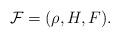
LaTeX: \begin{align*} \mathcal F = (\rho, H, F).\end{align*}